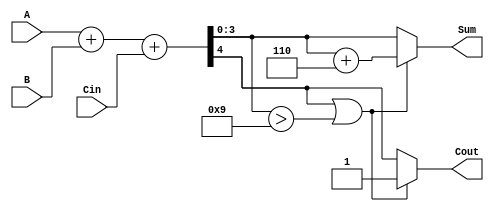
module BCD_Hybrid_Adder (
    input  wire [3:0] A,     // First BCD digit (0-9)
    input  wire [3:0] B,     // Second BCD digit (0-9)
    input  wire Cin,         // Carry input
    output reg  [3:0] Sum,   // BCD sum output
    output reg  Cout         // Carry output
);

    wire [4:0] S;           // 5-bit sum to accommodate carry
    wire correction_needed;  // Flag for correction

    // Binary addition of A, B and Cin
    assign S = A + B + Cin;

    // Determine if correction is needed
    assign correction_needed = S[4] || (S[3:0] > 4'b1001);

    // BCD correction logic
    always @(*) begin
        if (correction_needed) begin
            Sum = S[3:0] + 4'b0110;  // Add 6 to correct
            Cout = 1;                // Set carry out
        end else begin
            Sum = S[3:0];            // No correction needed
            Cout = S[4];             // Carry out from binary addition
        end
    end

endmodule